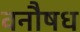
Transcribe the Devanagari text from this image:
वनौषध